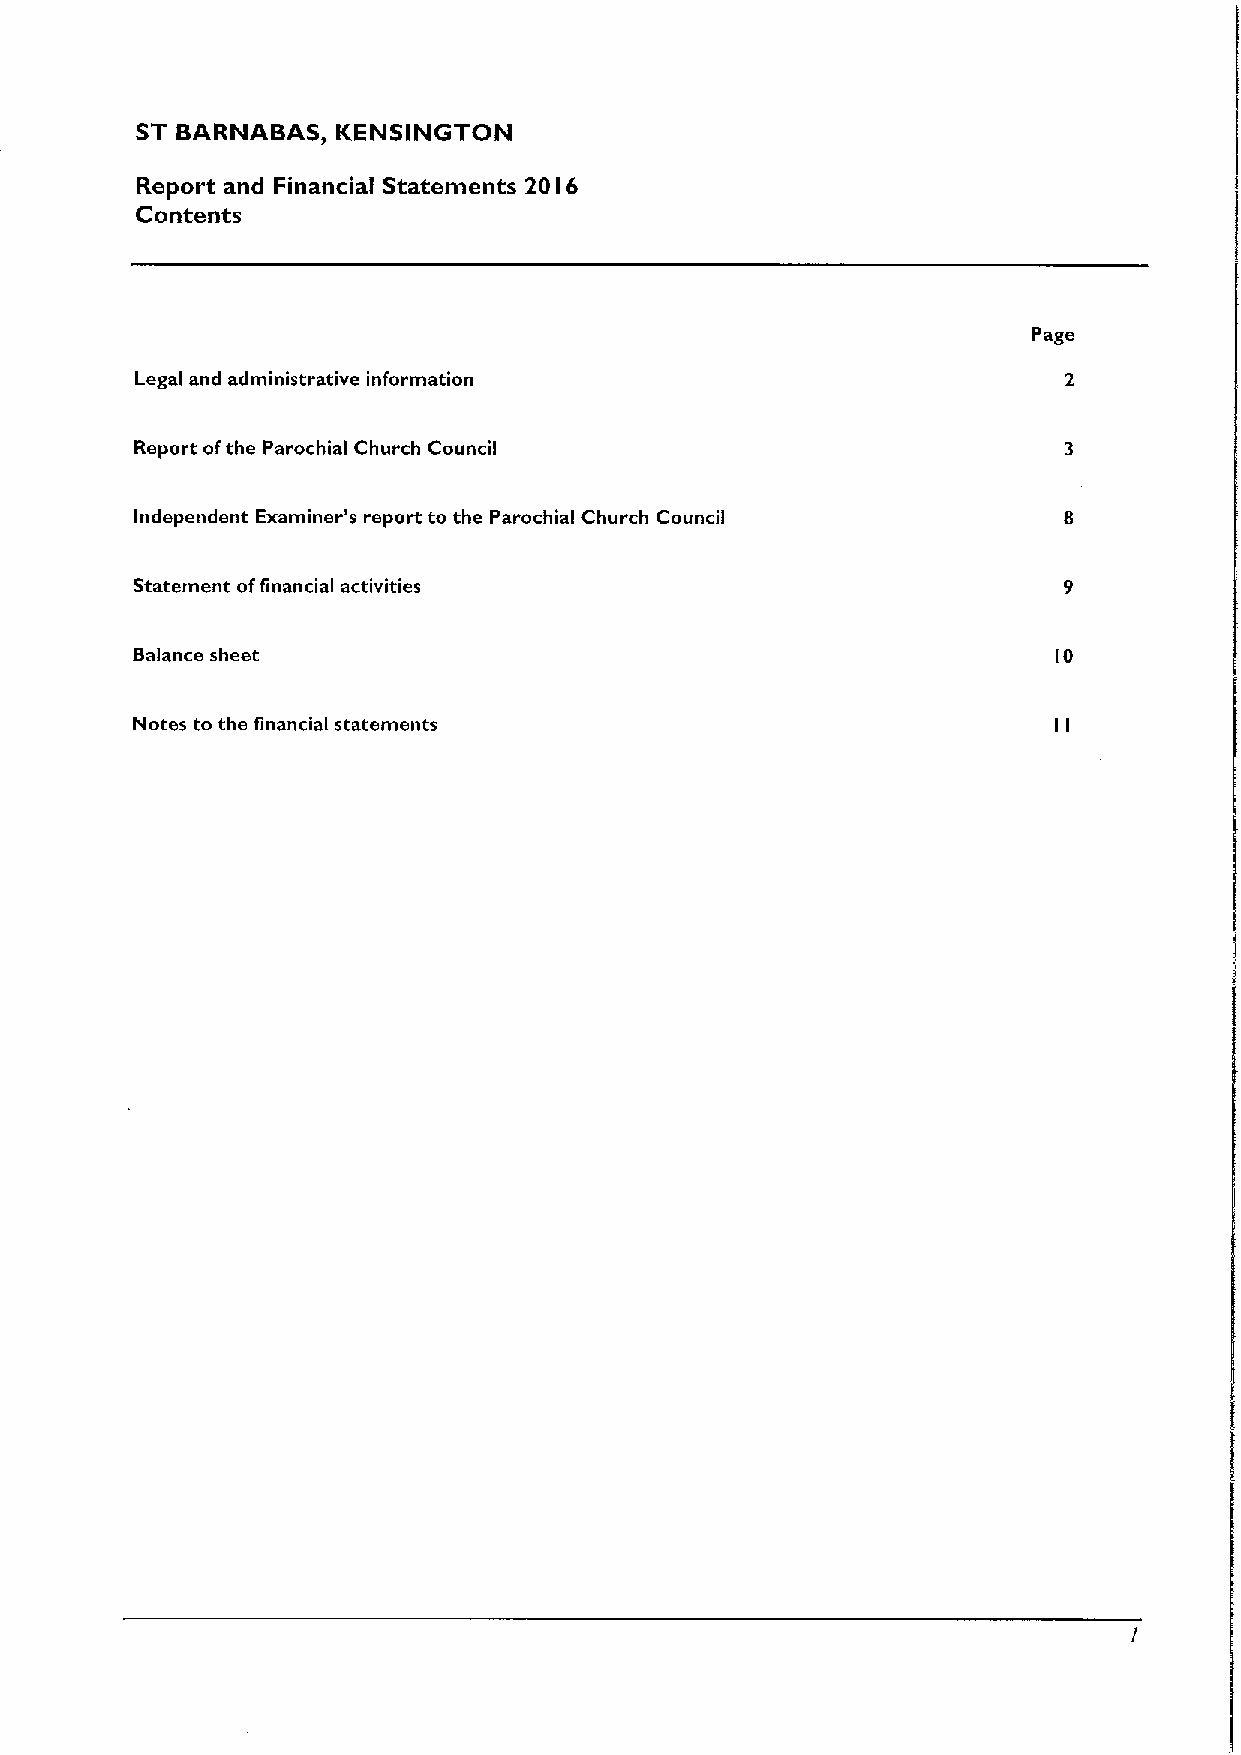
ST BARNABAS, KENSINGTON
 Report and Financial Statements 20 6
 I
 Contents
 Page
 Legal and administrative information
 Report ofthe Parochial Church Council
 Independent Examiner's report to the Parochial Church Council
 Statement offinancial activities
 Balance sheet                                                IO
 Notes to the financial statements